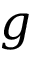
g